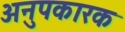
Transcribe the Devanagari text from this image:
अनुपकारक